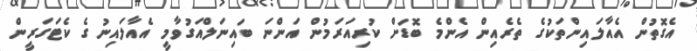
އެގޮތުން އެއާލައިންތަކުގެ ތެރެއިން އެންމެ ބޮޑަށް ކުރިއަރަމުން އަންނަ ބައިނަލްއަގުވާމީ އެއާލައިނުގެ ކެޓަގަރީން